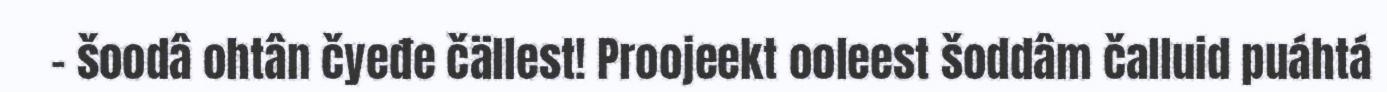
– šoodâ ohtân čyeđe čällest! Proojeekt ooleest šoddâm čalluid puáhtá